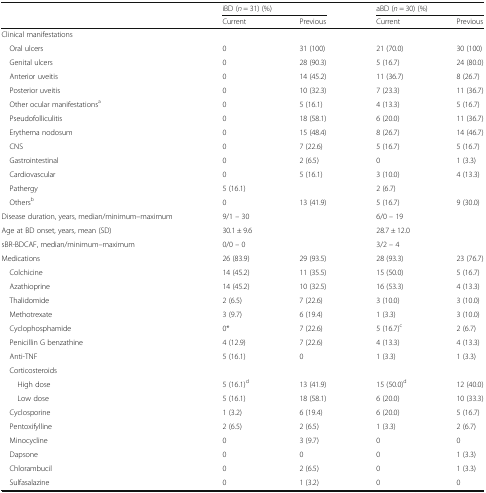
<table><thead><tr><td rowspan="2"></td><td colspan="2"><b>iBD (<i>n</i> = 31) (%)</b></td><td colspan="2"><b>aBD (<i>n</i> = 30) (%)</b></td></tr><tr><td><b>Current</b></td><td><b>Previous</b></td><td><b>Current</b></td><td><b>Previous</b></td></tr></thead><tbody><tr><td>Clinical manifestations</td><td></td><td></td><td></td><td></td></tr><tr><td> Oral ulcers</td><td>0</td><td>31 (100)</td><td>21 (70.0)</td><td>30 (100)</td></tr><tr><td> Genital ulcers</td><td>0</td><td>28 (90.3)</td><td>5 (16.7)</td><td>24 (80.0)</td></tr><tr><td> Anterior uveitis</td><td>0</td><td>14 (45.2)</td><td>11 (36.7)</td><td>8 (26.7)</td></tr><tr><td> Posterior uveitis</td><td>0</td><td>10 (32.3)</td><td>7 (23.3)</td><td>11 (36.7)</td></tr><tr><td> Other ocular manifestations<sup>a</sup></td><td>0</td><td>5 (16.1)</td><td>4 (13.3)</td><td>5 (16.7)</td></tr><tr><td> Pseudofolliculitis</td><td>0</td><td>18 (58.1)</td><td>6 (20.0)</td><td>11 (36.7)</td></tr><tr><td> Erythema nodosum</td><td>0</td><td>15 (48.4)</td><td>8 (26.7)</td><td>14 (46.7)</td></tr><tr><td> CNS</td><td>0</td><td>7 (22.6)</td><td>5 (16.7)</td><td>5 (16.7)</td></tr><tr><td> Gastrointestinal</td><td>0</td><td>2 (6.5)</td><td>0</td><td>1 (3.3)</td></tr><tr><td> Cardiovascular</td><td>0</td><td>5 (16.1)</td><td>3 (10.0)</td><td>4 (13.3)</td></tr><tr><td> Pathergy</td><td colspan="2">5 (16.1)</td><td colspan="2">2 (6.7)</td></tr><tr><td> Others<sup>b</sup></td><td>0</td><td>13 (41.9)</td><td>5 (16.7)</td><td>9 (30.0)</td></tr><tr><td>Disease duration, years, median/minimum–maximum</td><td colspan="2">9/1 – 30</td><td colspan="2">6/0 – 19</td></tr><tr><td>Age at BD onset, years, mean (SD)</td><td colspan="2">30.1 ± 9.6</td><td colspan="2">28.7 ± 12.0</td></tr><tr><td>sBR-BDCAF, median/minimum–maximum</td><td colspan="2">0/0 – 0</td><td colspan="2">3/2 – 4</td></tr><tr><td>Medications</td><td>26 (83.9)</td><td>29 (93.5)</td><td>28 (93.3)</td><td>23 (76.7)</td></tr><tr><td> Colchicine</td><td>14 (45.2)</td><td>11 (35.5)</td><td>15 (50.0)</td><td>5 (16.7)</td></tr><tr><td> Azathioprine</td><td>14 (45.2)</td><td>10 (32.5)</td><td>16 (53.3)</td><td>4 (13.3)</td></tr><tr><td> Thalidomide</td><td>2 (6.5)</td><td>7 (22.6)</td><td>3 (10.0)</td><td>3 (10.0)</td></tr><tr><td> Methotrexate</td><td>3 (9.7)</td><td>6 (19.4)</td><td>1 (3.3)</td><td>3 (10.0)</td></tr><tr><td> Cyclophosphamide</td><td>0*</td><td>7 (22.6)</td><td>5 (16.7)<sup>c</sup></td><td>2 (6.7)</td></tr><tr><td> Penicillin G benzathine</td><td>4 (12.9)</td><td>7 (22.6)</td><td>4 (13.3)</td><td>4 (13.3)</td></tr><tr><td> Anti-TNF</td><td>5 (16.1)</td><td>0</td><td>1 (3.3)</td><td>1 (3.3)</td></tr><tr><td> Corticosteroids</td><td></td><td></td><td></td><td></td></tr><tr><td>High dose</td><td>5 (16.1)<sup>d</sup></td><td>13 (41.9)</td><td>15 (50.0)<sup>d</sup></td><td>12 (40.0)</td></tr><tr><td>Low dose</td><td>5 (16.1)</td><td>18 (58.1)</td><td>6 (20.0)</td><td>10 (33.3)</td></tr><tr><td> Cyclosporine</td><td>1 (3.2)</td><td>6 (19.4)</td><td>6 (20.0)</td><td>5 (16.7)</td></tr><tr><td> Pentoxifylline</td><td>2 (6.5)</td><td>2 (6.5)</td><td>1 (3.3)</td><td>2 (6.7)</td></tr><tr><td> Minocycline</td><td>0</td><td>3 (9.7)</td><td>0</td><td>0</td></tr><tr><td> Dapsone</td><td>0</td><td>0</td><td>0</td><td>1 (3.3)</td></tr><tr><td> Chlorambucil</td><td>0</td><td>2 (6.5)</td><td>0</td><td>1 (3.3)</td></tr><tr><td> Sulfasalazine</td><td>0</td><td>1 (3.2)</td><td>0</td><td>0</td></tr></tbody></table>